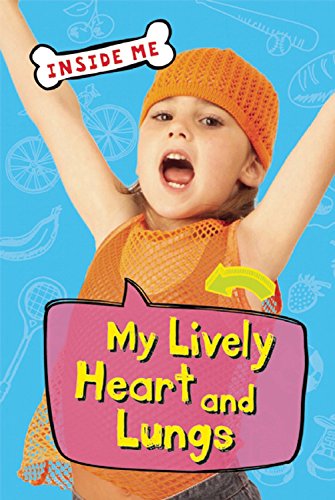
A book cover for My Lively Heart and Lungs (Inside Me); Lauren Taylor; Children's Books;